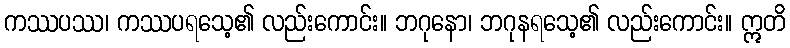
ကဿပဿ၊ ကဿပရသေ့၏ လည်းကောင်း။ ဘဂုနော၊ ဘဂုနရသေ့၏ လည်းကောင်း။ ဣတိ